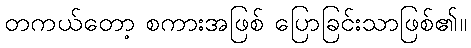
တကယ်တော့ စကားအဖြစ် ပြောခြင်းသာဖြစ်၏။